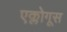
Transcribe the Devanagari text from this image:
एक्लोगूस